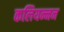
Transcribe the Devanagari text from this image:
कलियन्नन